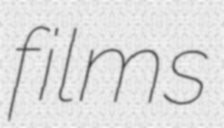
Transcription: films